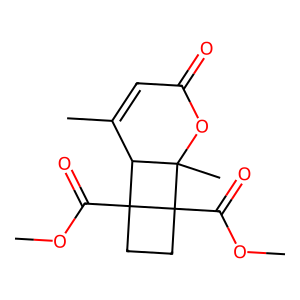
SMILES: COC(=O)C12CCC1(C(=O)OC)C1(C)OC(=O)C=C(C)C12
Inhibits HIV replication: No